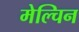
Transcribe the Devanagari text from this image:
मेल्चिन